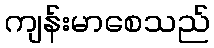
ကျန်းမာစေသည်